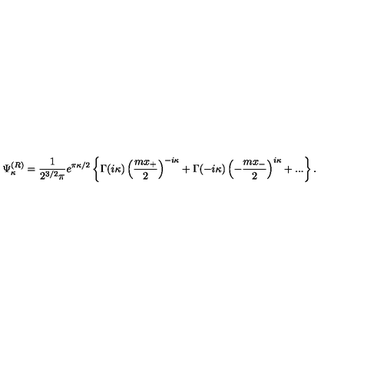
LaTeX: \Psi _ { \kappa } ^ { ( R ) } = \frac 1 { 2 ^ { 3 / 2 } \pi } e ^ { \pi \kappa / 2 } \left\{ \Gamma ( i \kappa ) \left( \frac { m x _ { + } } 2 \right) ^ { - i \kappa } + \Gamma ( - i \kappa ) \left( - \frac { m x _ { - } } 2 \right) ^ { i \kappa } + . . . \right\} .